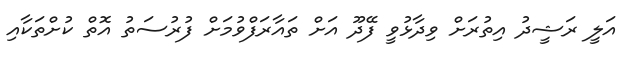
އަލީ ރަޝީދު އިތުރަށް ވިދާޅުވީ ފޭދޫ އަށް ތައާރަފްވުމަށް ފުރުސަތު އޮތް ކުށްތަކާއި